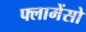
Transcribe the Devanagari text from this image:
फ्लामेंसो